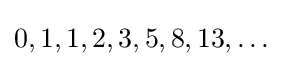
0,1,1,2,3,5,8,13,\ldots